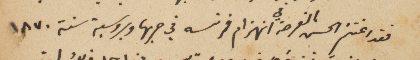
فقد اغتنم الحسن الفرصة في انهزام فرنسه في حربها وبروسية سنة ١٨٧٠